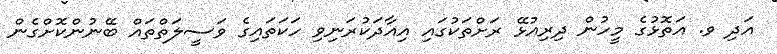
އަދި ވ. އަތޮޅުގެ މީހުން ދިރިއުޅޭ ރަށްތަކުގައި އިއާދަކުރަނިވި ހަކަތައިގެ ވަސީލަތްތައް ބޭނުންކޮށްގެން